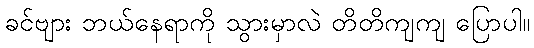
ခင်ဗျား ဘယ်နေရာကို သွားမှာလဲ တိတိကျကျ ပြောပါ။